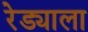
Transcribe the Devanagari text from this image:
रेड्याला